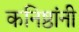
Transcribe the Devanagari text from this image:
कनिष्ठांनी